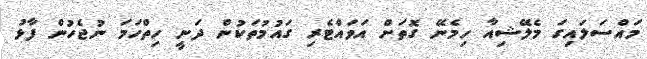
މައްސަލައިގަ މެލޭޝިއާ ހިމެނޭ ގޮތަށް އަވައްޓެރި ގައުމުތަކުން ދަނީ ހިތްހަމަ ނުޖެހުން ފާޅު